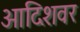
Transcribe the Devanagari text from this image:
आदिशवर